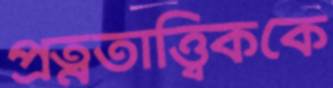
প্রত্নতাত্ত্বিককে